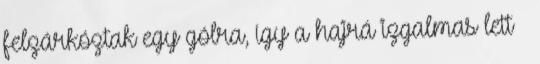
felzárkóztak egy gólra, így a hajrá izgalmas lett –